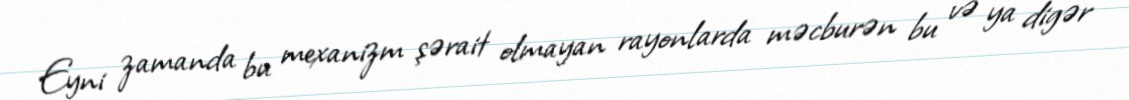
Eyni zamanda bu mexanizm şərait olmayan rayonlarda məcburən bu və ya digər